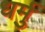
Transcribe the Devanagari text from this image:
धर्मु